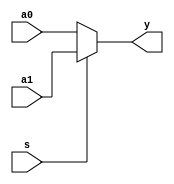
`timescale 1ns / 1ps
//////////////////////////////////////////////////////////////////////////////////
// Company: 
// Engineer: 
// 
// Design Name: 
// Module Name:    mux2x32 
// Project Name: 
// Target Devices: 
// Tool versions: 
// Description: 
//
// Dependencies: 
//
// Revision: 
// Revision 0.01 - File Created
// Additional Comments: 
//
//////////////////////////////////////////////////////////////////////////////////
module mux2x32(a0,a1,s,y
    );
	 input [31:0] a0,a1;
	 input s;
	 output [31:0] y;
	 assign y=s?a1:a0;


endmodule